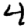
Digit: 4